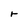
Character: r